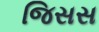
જિસસ